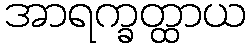
အာရက္ခတ္ထာယ